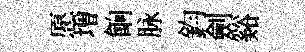
愿増餉脉鈞劍谿